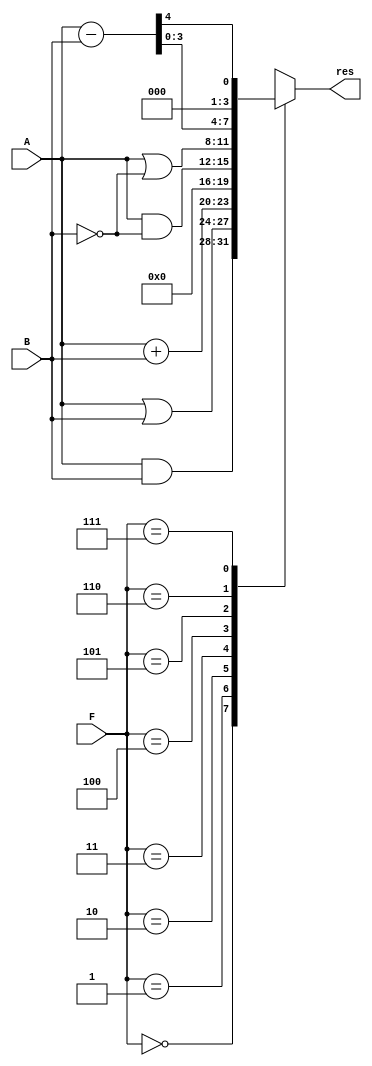
module ALU (input [2:0] F, input [3:0] A, B, output [3:0] res);

    reg [4:0] tempRes;
    
    always @ (F, A, B) begin
        tempRes = 5'b0;
        case (F)
            3'b000: tempRes = A & B;
            3'b001: tempRes = A | B;
            3'b010: tempRes = A + B;
            3'b011: tempRes = 5'b0;
            3'b100: tempRes = A & ~B;
            3'b101: tempRes = A | ~B;
            3'b110: tempRes = A - B;
            3'b111: begin tempRes = A - B; tempRes = tempRes >> 4; end
            default: tempRes = 5'b00000;
        endcase
    end

    assign res = tempRes;

endmodule